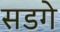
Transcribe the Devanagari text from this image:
सडगे